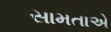
સામતાએ